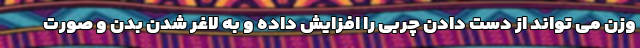
وزن می تواند از دست دادن چربی را افزایش داده و به لاغر شدن بدن و صورت